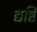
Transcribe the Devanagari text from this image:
द्यष्टि